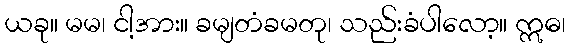
ယခု။ မမ၊ ငါ့အား။ ခမျတံခမတု၊ သည်းခံပါလော့။ ဣဓ၊